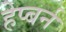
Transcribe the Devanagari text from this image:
हेप्बर्न